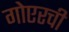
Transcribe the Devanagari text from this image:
गोएरची